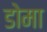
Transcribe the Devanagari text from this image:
डोमा